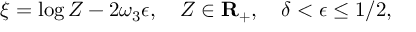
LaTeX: \xi = \log Z - 2 \omega _ { 3 } \epsilon , \quad Z \in { \bf R } _ { + } , \quad \delta < \epsilon \leq 1 / 2 ,